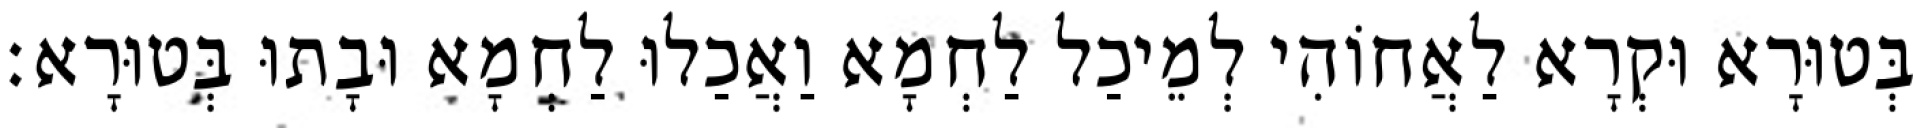
בְּטוּרָא וּקְרָא לַאֲחוֹהִי לְמֵיכַל לַחְמָא וַאֲכַלוּ לַחְמָא וּבָתוּ בְּטוּרָא׃